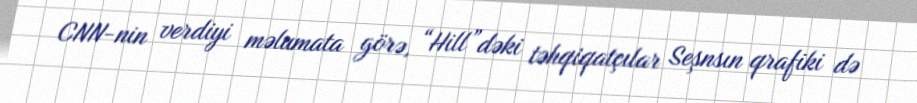
CNN-nin verdiyi məlumata görə, “Hill”dəki təhqiqatçılar Seşnsın qrafiki də